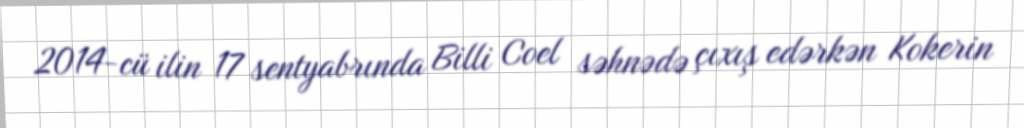
2014-cü ilin 17 sentyabrında Billi Coel səhnədə çıxış edərkən Kokerin